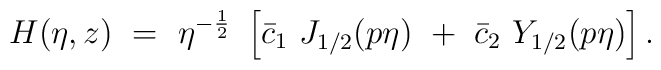
H (\eta,z) ~=~ \eta^{- \frac 1 2}~\left[ \bar{c}_{1} ~ J_{1/2} (p \eta)~+~ \bar{c}_{2} ~Y_{1/2} (p \eta) \right].